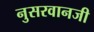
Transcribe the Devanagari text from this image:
नुसरवानजी